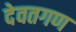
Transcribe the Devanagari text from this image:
देवतगण